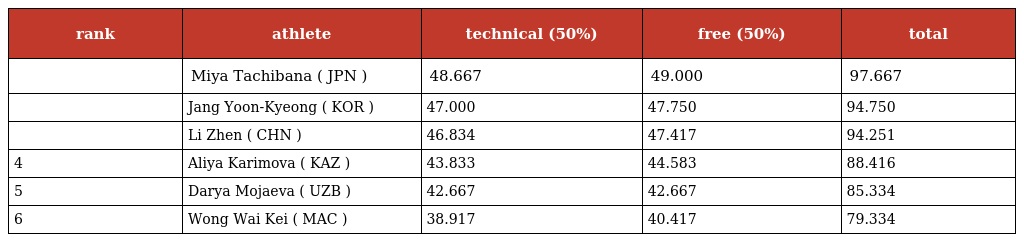
| rank | athlete | technical (50%) | free (50%) | total |
 | --- | --- | --- | --- | --- |
 |  | Miya Tachibana ( JPN ) | 48.667 | 49.000 | 97.667 |
 |  | Jang Yoon-Kyeong ( KOR ) | 47.000 | 47.750 | 94.750 |
 |  | Li Zhen ( CHN ) | 46.834 | 47.417 | 94.251 |
 | 4 | Aliya Karimova ( KAZ ) | 43.833 | 44.583 | 88.416 |
 | 5 | Darya Mojaeva ( UZB ) | 42.667 | 42.667 | 85.334 |
 | 6 | Wong Wai Kei ( MAC ) | 38.917 | 40.417 | 79.334 |